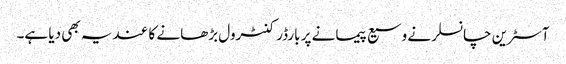
آسٹرین چانسلر نے وسیع پیمانے پر بارڈر کنٹرول بڑھانے کا عندیہ بھی دیا ہے۔